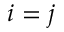
i = j